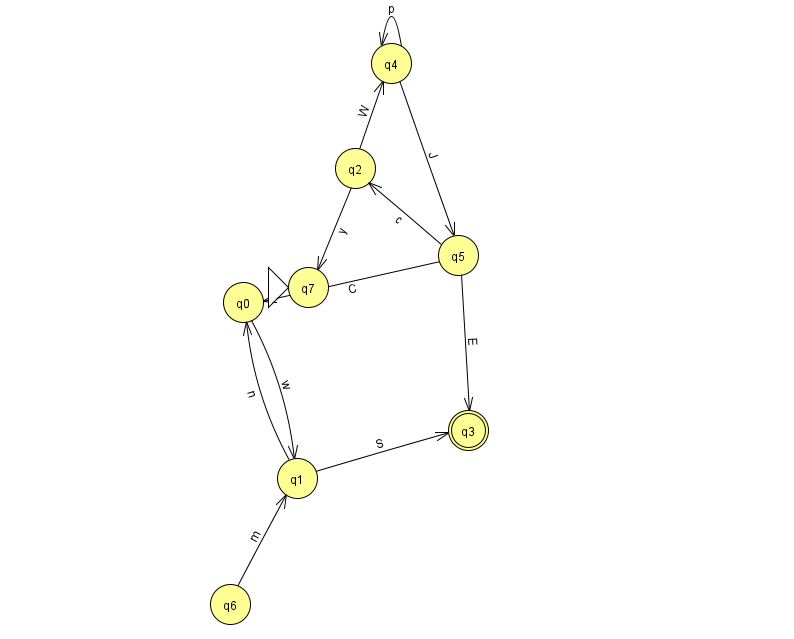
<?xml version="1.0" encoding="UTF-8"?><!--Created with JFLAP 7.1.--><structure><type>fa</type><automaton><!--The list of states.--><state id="0" name="q0"><x>243.0</x><y>289.0</y></state><state id="1" name="q1"><x>297.0</x><y>465.0</y></state><state id="2" name="q2"><x>355.0</x><y>155.0</y></state><state id="3" name="q3"><x>468.0</x><y>417.0</y><final/></state><state id="4" name="q4"><x>391.0</x><y>50.0</y></state><state id="5" name="q5"><x>458.0</x><y>242.0</y></state><state id="6" name="q6"><x>230.0</x><y>591.0</y></state><state id="7" name="q7"><x>308.0</x><y>274.0</y><initial/></state><!--The list of transitions.--><transition><from>4</from><to>4</to><read>p</read></transition><transition><from>2</from><to>7</to><read>y</read></transition><transition><from>0</from><to>1</to><read>w</read></transition><transition><from>1</from><to>3</to><read>S</read></transition><transition><from>2</from><to>4</to><read>W</read></transition><transition><from>5</from><to>2</to><read>c</read></transition><transition><from>5</from><to>3</to><read>E</read></transition><transition><from>5</from><to>0</to><read>C</read></transition><transition><from>6</from><to>1</to><read>m</read></transition><transition><from>1</from><to>0</to><read>n</read></transition><transition><from>4</from><to>5</to><read>J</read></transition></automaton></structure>